Civil Veterinary Department Bengal reports 1923-33 - 1923-1933
Year: 1923
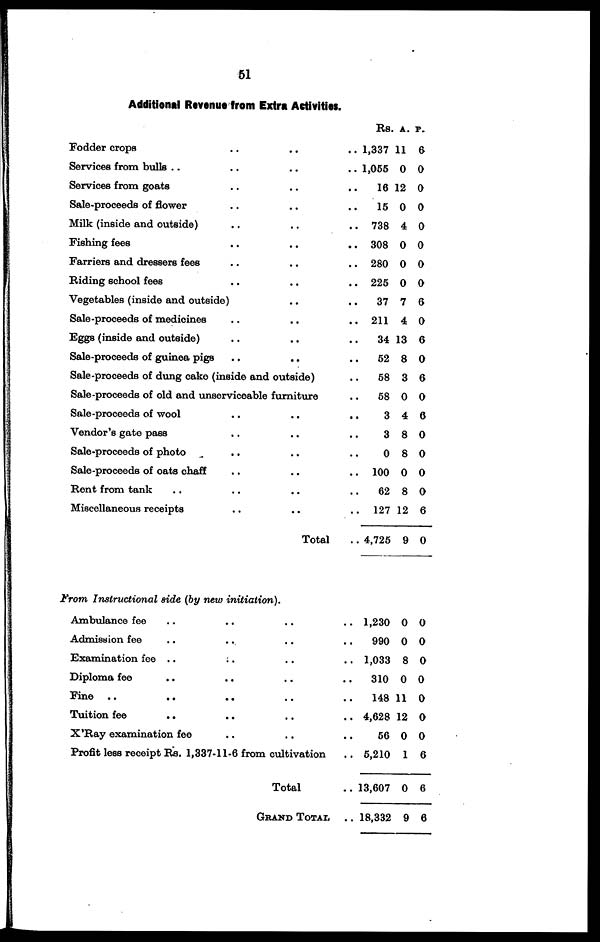
51
Additional Revenue from Extra Activities.
Fodder crops .. .. ..
Services from bulls .. .. .. ..
Services from goats .. .. ..
Sale-proceeds of flower .. .. ..
Milk (inside and outside) .. .. ..
Fishing fees .. .. ..
Farriers and dressers fees .. .. ..
Biding school fees .. .. ..
Vegetables (inside and outside) .. ..
Sale-proceeds of medicines .. .. ..
Eggs (inside and outside) .. .. ..
Sale-proceeds of guinea pigs .. .. ..
Sale-proceeds of dung cake (inside and outside) ..
Sale-proceeds of old and unserviceable furniture ..
Sale-proceeds of wool .. .. ..
Vendor's gate pass .. .. ..
Sale-proceeds of photo .. .. ..
Sale-proceeds of oats chaff .. .. ..
Rent from tank .. .. .. ..
Miscellaneous receipts .. .. ..
Total ..
Rs.
1,337
1,055
16
15
738
38
280
225
37
211
34
52
58
58
3
3
0
100
62
127
4,725
A
11
0
12
0
4
0
0
0
7
4
13
8
3
0
4
8
8
0
8
12
9
P
6
0
0
0
0
0
0
0
6
0
6
0
6
0
6
0
0
0
0
6
0
From Instructional aide (by new initiation).
Ambulance fee .. .. .. ..
Admission fee .. .. .. ..
Examination fee .. .. .. ..
Diploma fee .. .. .. ..
Fine .. .. .. .. ..
Tuition fee .. .. .. ..
X'Ray examination fee .. .. .. ..
Profit less receipt Rs. 1,337-11-6 from cultivation ..
Total ..
Grand Total ..
1,230
990
1,033
310
148
4,628
56
5,210
13,607
18,332
0
0
8
0
11
12
0
1
0
9
0
0
0
0
0
0
0
6
6
6